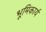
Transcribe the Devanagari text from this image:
भूमिकार्य